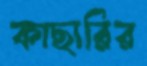
কাছারির